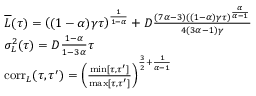
\begin{array} { r l } & { \overline { { L } } ( \tau ) = \left( ( 1 - \alpha ) \gamma \tau \right) ^ { \frac { 1 } { 1 - \alpha } } + D \frac { ( 7 \alpha - 3 ) ( ( 1 - \alpha ) \gamma \tau ) ^ { \frac { \alpha } { \alpha - 1 } } } { 4 ( 3 \alpha - 1 ) \gamma } } \\ & { \sigma _ { L } ^ { 2 } ( \tau ) = D \frac { 1 - \alpha } { 1 - 3 \alpha } \tau } \\ & { \mathrm { c o r r } _ { L } ( \tau , \tau ^ { \prime } ) = \left( \frac { \operatorname* { m i n } [ \tau , \tau ^ { \prime } ] } { \operatorname* { m a x } [ \tau , \tau ^ { \prime } ] } \right) ^ { \frac { 3 } { 2 } + \frac { 1 } { \alpha - 1 } } } \end{array}